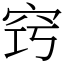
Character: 窍